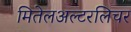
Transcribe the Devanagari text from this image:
मितेलअल्टरलिचर